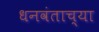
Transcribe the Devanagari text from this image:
धनवंताच्या